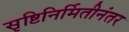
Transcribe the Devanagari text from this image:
सृष्टिनिर्मितीनंतर